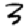
Digit: 3